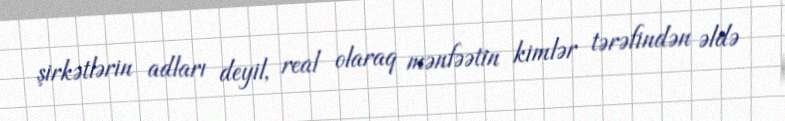
şirkətlərin adları deyil, real olaraq mənfəətin kimlər tərəfindən əldə